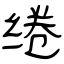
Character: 绻